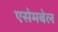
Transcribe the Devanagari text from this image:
एसेमबेल